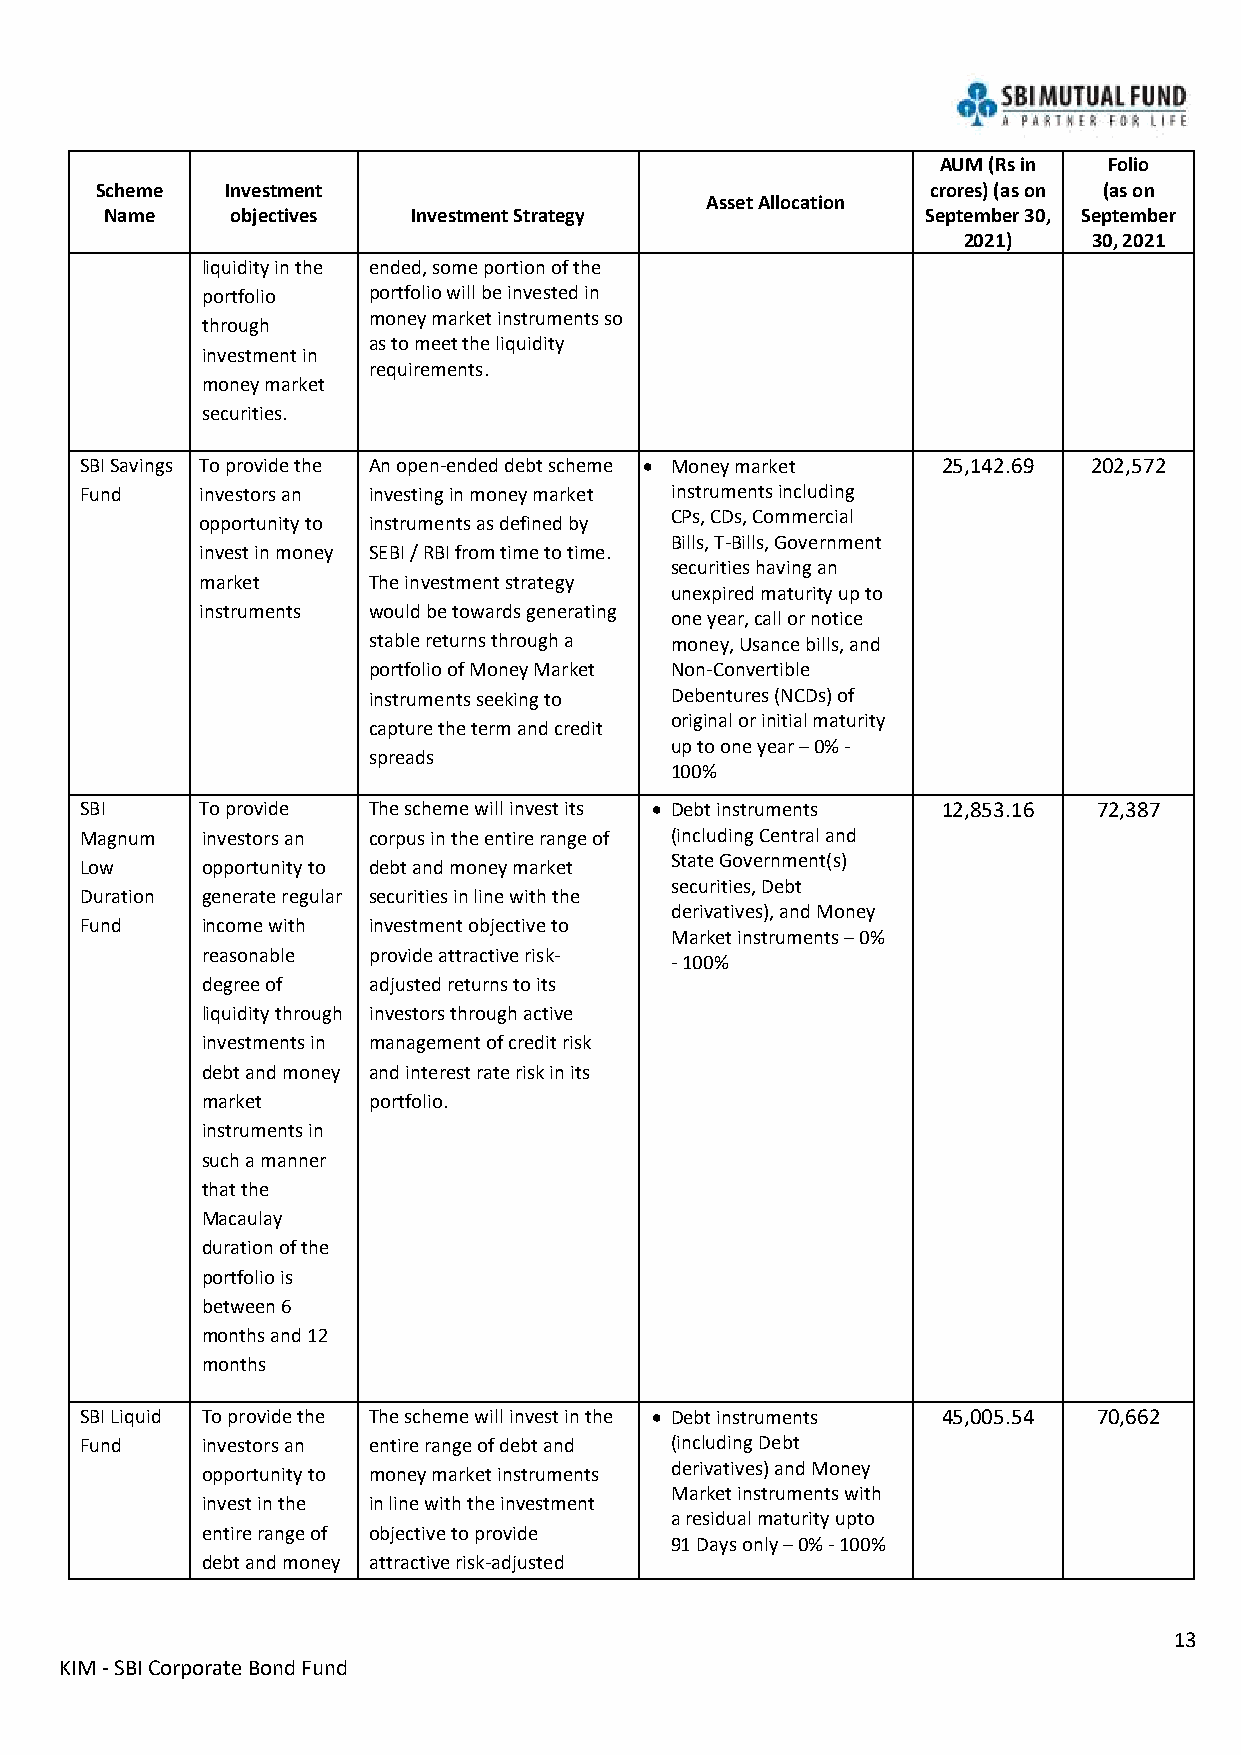
AUM (Rs in Folio
 Scheme   Investment                                     crores) (as on (as on
 Asset Allocation
 Name    objectives  Investment Strategy               September 30, September
 2021)   30, 2021
 liquidity in the ended, some portion of the
 portfolio  portfolio will be invested in
 money market instruments so
 through
 as to meet the liquidity
 investment in
 requirements.
 money market
 securities.
 SBI Savings To provide the An open-ended debt scheme • Money market 25,142.69 202,572
 Fund    investors an investing in money market instruments including
 opportunity to instruments as defined by
 CPs, CDs, Commercial
 Bills, T-Bills, Government
 invest in money SEBI / RBI from time to time.
 securities having an
 market     The investment strategy
 unexpired maturity up to
 instruments would be towards generating
 one year, call or notice
 stable returns through a money, Usance bills, and
 portfolio of Money Market Non-Convertible
 instruments seeking to Debentures (NCDs) of
 original or initial maturity
 capture the term and credit
 up to one year – 0% -
 spreads
 100%
 SBI     To provide The scheme will invest its • Debt instruments 12,853.16 72,387
 Magnum  investors an corpus in the entire range of (including Central and
 Low     opportunity to debt and money market
 State Government(s)
 securities, Debt
 Duration generate regular securities in line with the
 derivatives), and Money
 Fund    income with investment objective to
 Market instruments – 0%
 reasonable provide attractive risk-
 - 100%
 degree of  adjusted returns to its
 liquidity through investors through active
 investments in management of credit risk
 debt and money and interest rate risk in its
 market     portfolio.
 instruments in
 such a manner
 that the
 Macaulay
 duration of the
 portfolio is
 between 6
 months and 12
 months
 SBI Liquid To provide the The scheme will invest in the • Debt instruments 45,005.54 70,662
 Fund    investors an entire range of debt and (including Debt
 opportunity to money market instruments
 derivatives) and Money
 Market instruments with
 invest in the in line with the investment
 a residual maturity upto
 entire range of objective to provide
 91 Days only – 0% - 100%
 debt and money attractive risk-adjusted
 13
 KIM - SBI Corporate Bond Fund